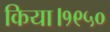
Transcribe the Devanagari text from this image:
किया।१९५०